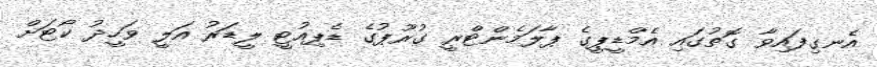
އެނގިފައިވާ ގޮތުގައި އެމްޑީޕީގެ ޕާލަމެންޓްރީ ގުރޫޕުގެ ޑެޕިއުޓީ ލީޑަރު އަލީ ވަހީދު ކޯޓަށް